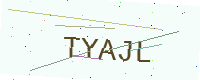
Text: TYAJL